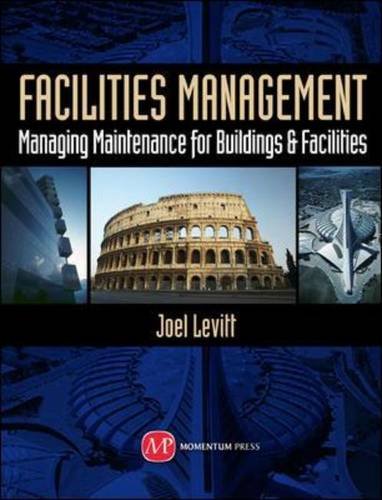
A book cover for Facilities Management: Managing Maintenance for Buildings and Facilities; Joel D. Levitt; Business & Money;